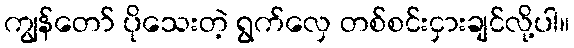
ကျွန်တော် ပိုသေးတဲ့ ရွက်လှေ တစ်စင်းငှားချင်လို့ပါ။